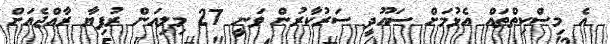
އެ މިސްކިތްތައް އެޅުމަށް ސައޫދީ ސަރުކާރުން ވަނީ 27 މިލިއަން ރުފިޔާ ރާއްޖެއަށް